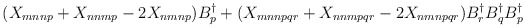
\begin{align*}(X_{mnnp} + X_{nnmp}-2X_{nmnp})B^{\dagger}_{p} + (X_{mnnpqr} + X_{nnmpqr}-2X_{nmnpqr})B^{\dagger}_{r}B^{\dagger}_{q}B^{\dagger}_{p}\end{align*}